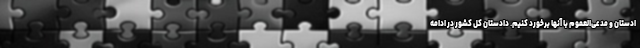
ادستان و مدعی‌العموم با آنها برخورد کنیم. دادستان کل کشور در ادامه